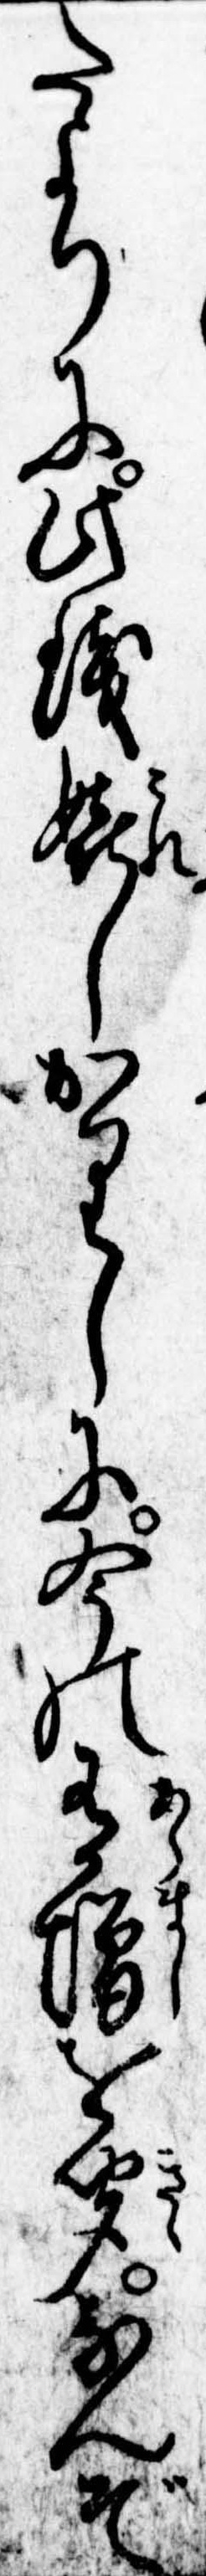
たよりに此銭嬉しかりしに今の有増を聞なんぞ